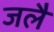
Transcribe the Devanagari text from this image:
जलै